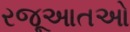
રજૂઆતઓ